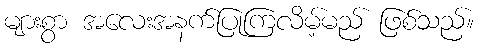
များစွာ အလေးအနက်ပြုကြလိမ့်မည် ဖြစ်သည်။